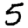
Digit: 5